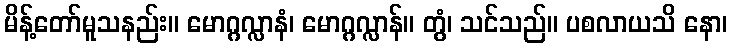
မိန့်တော်မူသနည်း။ မောဂ္ဂလ္လာနံ၊ မောဂ္ဂလ္လာန်။ တွံ၊ သင်သည်။ ပစလာယသိ နော၊